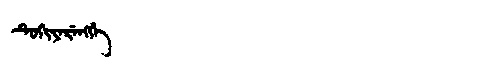
Manchu: ᡨᡠᡴᡳᠶᡝᡵᡝᠩᡤᡝ
Romanization: TUKIYERENGGE